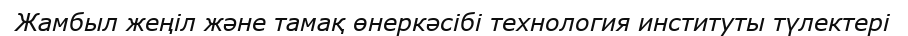
Жамбыл жеңіл және тамақ өнеркәсібі технология институты түлектері